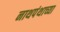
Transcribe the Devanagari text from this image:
नाथपंथाच्या